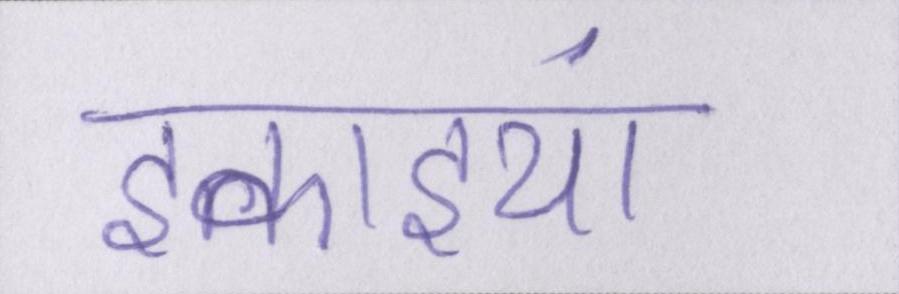
इकाइयां